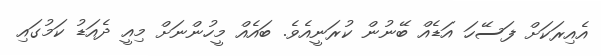
އެއިރަކަށް ފަސޭހަ އަޑެއް ބޭނުން ކުރަނީއެވެ. ބައެއް މީހުންނަށް މިއީ ދެއަޑު ކަމުގައި